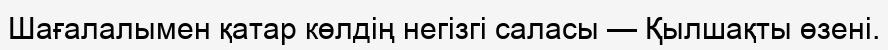
Шағалалымен қатар көлдің негізгі саласы — Қылшақты өзені.